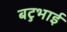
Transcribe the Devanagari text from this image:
बटुभाई